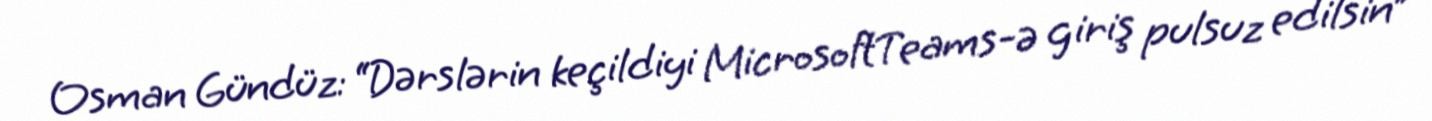
Osman Gündüz: “Dərslərin keçildiyi MicrosoftTeams-ə giriş pulsuz edilsin”